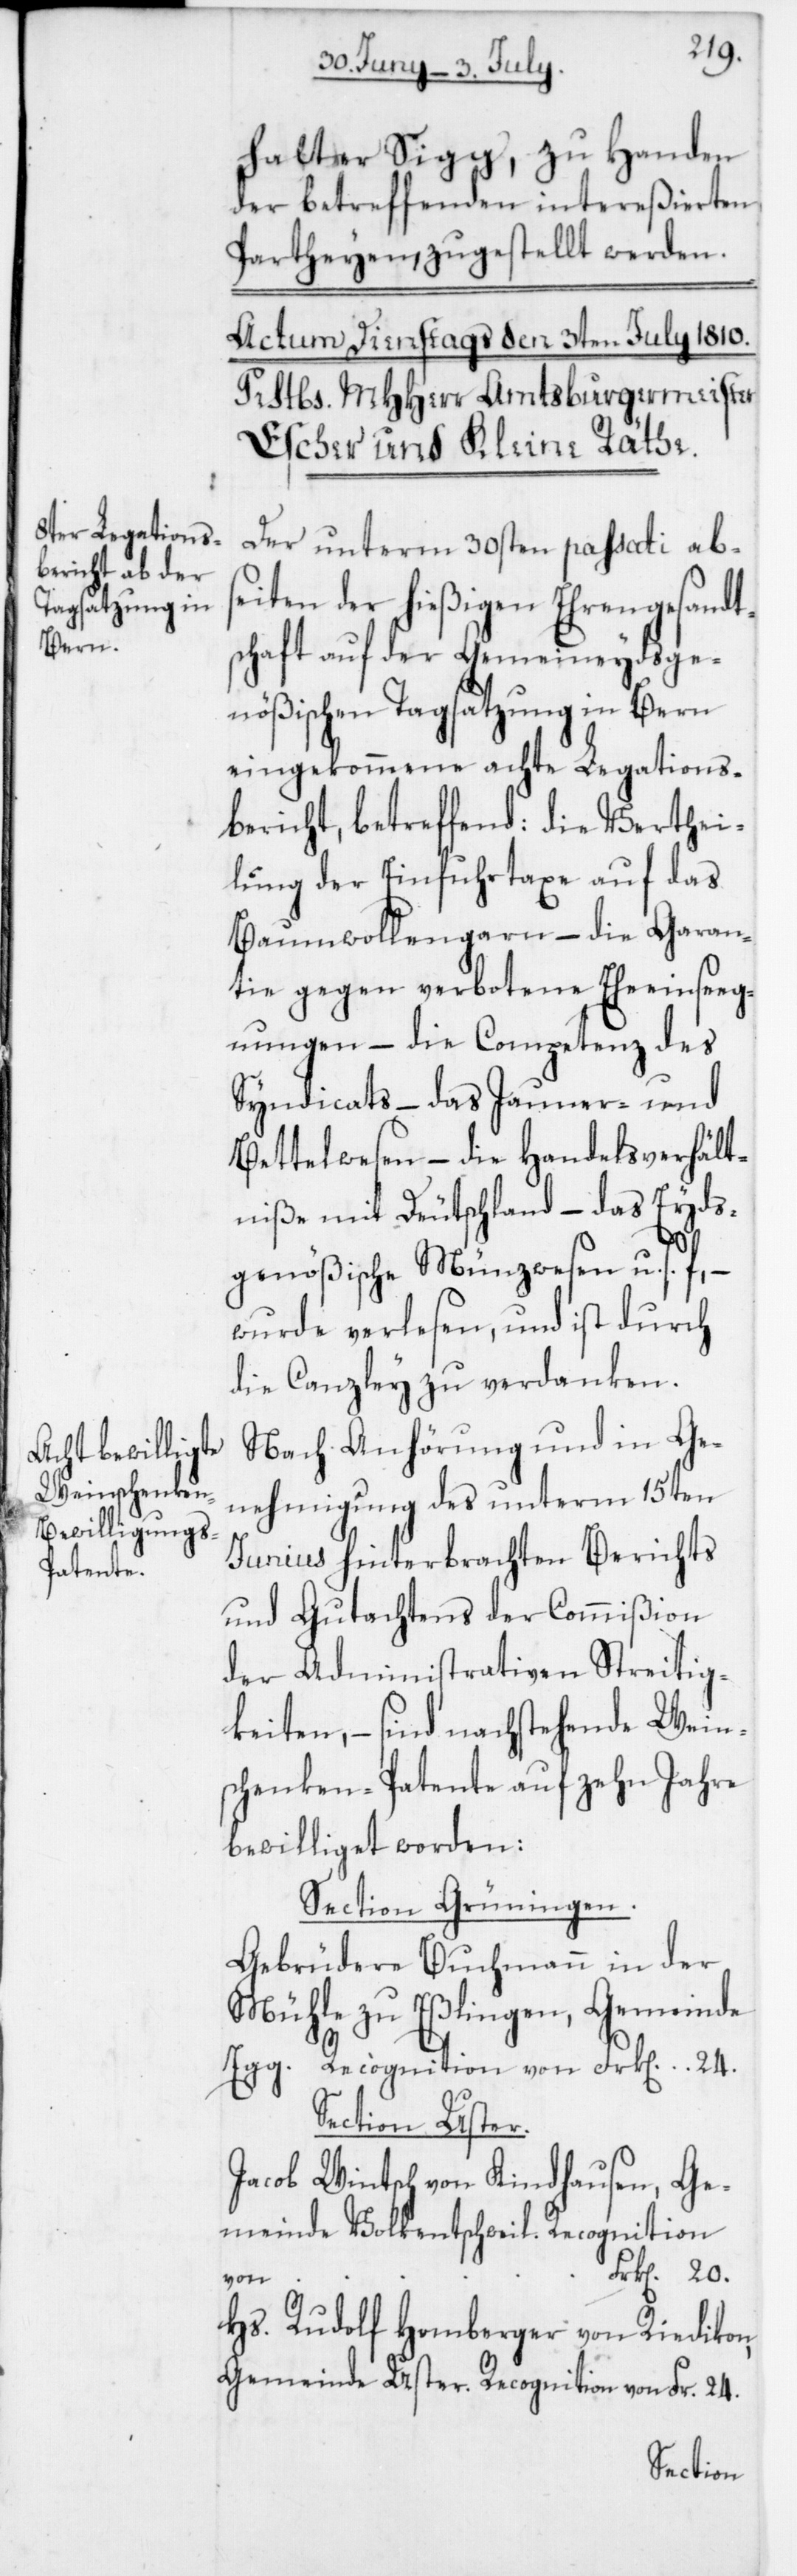
halter Sigg zu Handen
der betreffenden intereßierten
Partheyen, zugestellt werden.
Der unterm 30sten passati abs¬
eiten der hießigen Ehrengesandt¬
schaft auf der Gemeineydsge¬
nößischen Tagsatzung in Bern
eingekommene achte Legations¬
bericht, betreffend: die Verthei¬
lung der Einfuhrtaxe auf das
Baumwollengarn – die Garan¬
tie gegen verbotene Eheeinseg¬
nungen – die Competenz des
Syndicats – das Jauner- und
Bettelwesen – die Handelsverhält¬
niße mit Deutschland – das Eyds¬
genößische Münzwesen u. s. f. –
wurde verlesen, und ist durch
die Canzley zu verdanken.
Nach Anhörung und in Ge¬
nehmigung des unterm 15ten
Junius hinterbrachten Berichts
und Gutachtens der Commißion
der Administrativen Streitig¬
keiten, – sind nachstehende Wein¬
schenken-Patente auf zehn Jahre
bewilliget worden:
Section Grüningen.
Gebrüdere Buchmann in der
Mühle zu Eßlingen, Gemeinde
Egg. Recognition von Frk[en] 24.
Section Uster.
Jacob Wintsch von Kindhausen, Ge¬
meinde Volkentschweil; Recognition
Frk[en] 20.
von
Hs. Rudolf Homberger von Riedikon,
Gemeinde Uster; Recognition von Fr. 24.